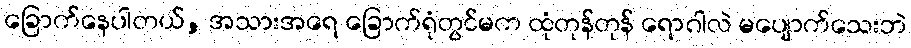
ခြောက်နေပါတယ်, အသားအရေ ခြောက်ရုံတွင်မက ထုံတုန်တုန် ရောဂါလဲ မပျောက်သေးဘဲ